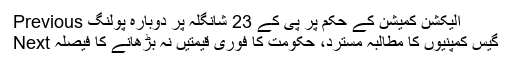
Previous الیکشن کمیشن کے حکم پر پی کے 23 شانگلہ پر دوبارہ پولنگ
Next گیس کمپنیوں کا مطالبہ مسترد، حکومت کا فوری قیمتیں نہ بڑھانے کا فیصلہ